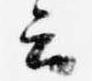
云